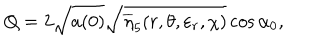
Q = 2 \sqrt { a ( 0 ) } \sqrt { \overline { { { \eta } } } _ { 5 } ( r , \theta , \varepsilon _ { r } , \chi ) } \cos \alpha _ { 0 } ,